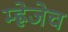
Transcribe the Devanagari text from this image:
म्ह्णेजेच